Investigations into the jail dietaries of the United Provinces with some observations on the influence of dietary on the physical development and well-being of the people of the United Provinces - Number 48
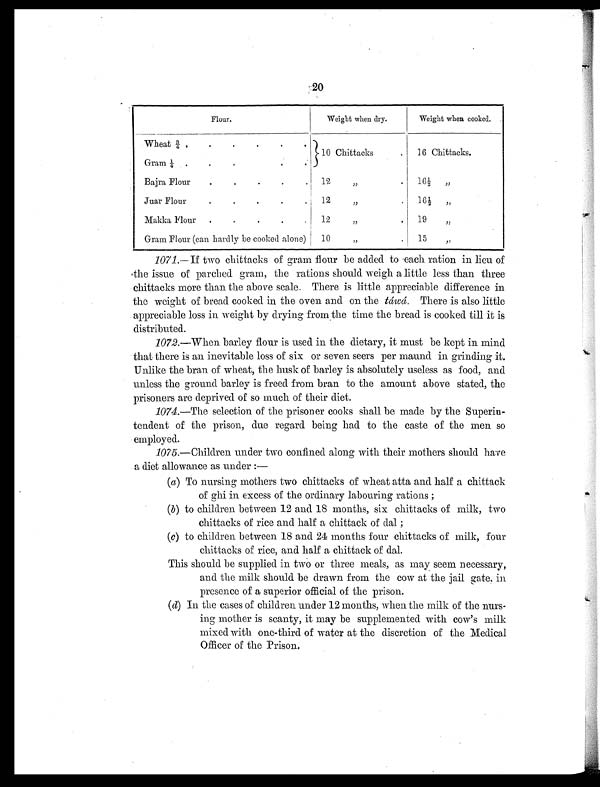
20
Flour.
Weight when dry.
Weight when cooked.
Wheat ¾ .
.
.
.
.
.
10 Chittacks
. 16 Chittacks.
Gram ¼ .
.
.
.
.
.
Bajra Flour
.
.
.
.
. 12 „
. 16½ „
Juar Flour
.
.
.
.
. 1 2 „
. 16½ „
Makka Flour .
.
.
. . 12 „
. 19 „
Gram Flour (can hardly be cooked alone) 10 „
. 15 „
1071. —If two chittacks of gram flour be added to each ration in lieu of
the issue of parched gram, the rations should weigh a little less than three
chittacks more than the above scale. There is little appreciable difference in
the weight of bread cooked in the oven and on the táwá. There is also little
appreciable loss in weight by drying from the time the bread is cooked till it is
distributed.
1072.—When barley flour is used in the dietary, it must be kept in mind
that there is an inevitable loss of six or seven seers per maund in grinding it.
Unlike the bran of wheat, the husk of barley is absolutely useless as food, and
unless the ground barley is freed from bran to the amount above stated, the
prisoners are deprived of so much of their diet.
1074.—The selection of the prisoner cooks shall be made by the Superin-
tendent of the prison, due regard being had to the caste of the men so
employed.
1075.—Children under two confined along with their mothers should have
a diet allowance as under :
—
(a) To nursing mothers two chittacks of wheat atta and half a chittack
of ghi in excess of the ordinary labouring rations ;
(b) to children between 12 and 18 months, six chittacks of milk, two
chittacks of rice and half a chittack of dal ;
(c) to children between 18 and 24 months four chittacks of milk, four
chittacks of rice, and half a chittack of dal.
This should be supplied in two or three meals, as may seem necessary,
and the milk should be drawn from the cow at the jail gate, in
presence of a superior official of the prison.
( d ) In the cases of children under 12 months, when the milk of the nurs-
ing mother is scanty, it may be supplemented with cow's milk
mixed with one-third of water at the discretion of the Medical
Officer of the Prison.